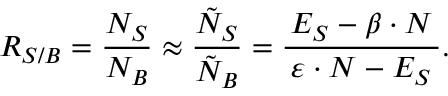
\quad \: R _ { S / B } = \frac { N _ { S } } { N _ { B } } \approx \frac { \tilde { N } _ { S } } { \tilde { N } _ { B } } = \frac { \, E _ { S } - \beta \cdot N \, } { \varepsilon \cdot N - E _ { S } } .